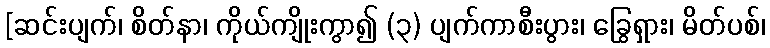
[ဆင်းပျက်၊ စိတ်နာ၊ ကိုယ်ကျိုးကွာ၍ (၃) ပျက်ကာစီးပွား၊ ခြွေရှား၊ မိတ်ပစ်၊